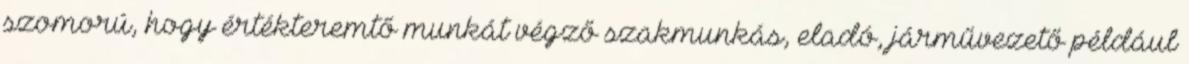
szomorú, hogy értékteremtő munkát végző szakmunkás, eladó, járművezető például